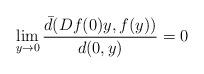
LaTeX: \begin{align*}\lim_{y\to 0} \frac{\bar d(Df(0)y, f(y))}{d(0,y)} = 0\end{align*}